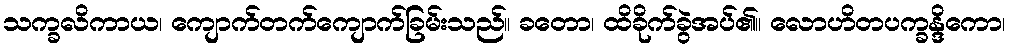
သက္ခလိကာယ၊ ကျောက်တက်ကျောက်ခြမ်းသည်။ ခတော၊ ထိခိုက်ခွဲအပ်၏။ လောဟိတပက္ခန္ဒိကော၊